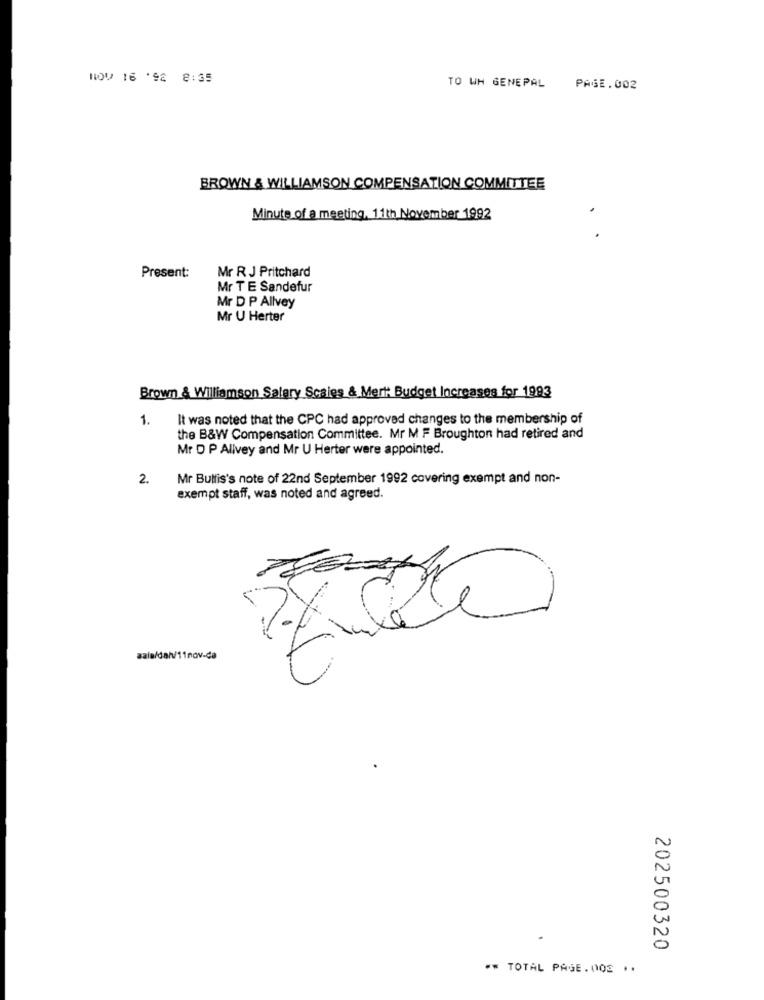
NOV 16 '92 8:35
TO WH GENEPAL
PAGE.002
BROWN & WILLIAMSON COMPENSATION COMMITTEE
.
Minute of a meeting, 11th November 1992
Mr R J Pritchard
Present:
Mr T E Sandefur
Mr D P Allvey
Mr U Herter
Brown & Williamson Salary Scales & Mert: Budget Increases for 1993
1.
It was noted that the CPC had approved changes to the membership of
the B&W Compensation Committee. Mr M F Broughton had retired and
Mr D P Alivey and Mr U Herter were appointed.
2.
Mr Butfis's note of 22nd September 1992 covering exempt and non-
exempt staff, was noted and agreed.
sala/dan/11nov-da
202500320
** TOTAL PAGE.003 ..